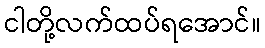
ငါတို့လက်ထပ်ရအောင်။